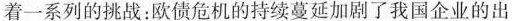
着一系列的挑战：欧债危机的持续蔓延加剧了我国企业的出